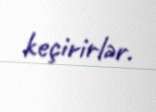
keçirirlər.